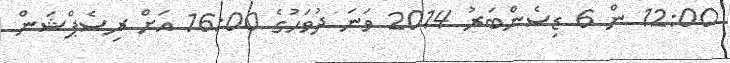
12:00 ން 6 ޑިސެންބަރު 2014 ވަނަ ދުވަހުގެ 16:00 އަށް ރިސެޕްޝަން